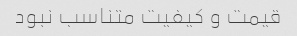
قیمت و کیفیت متناسب نبود